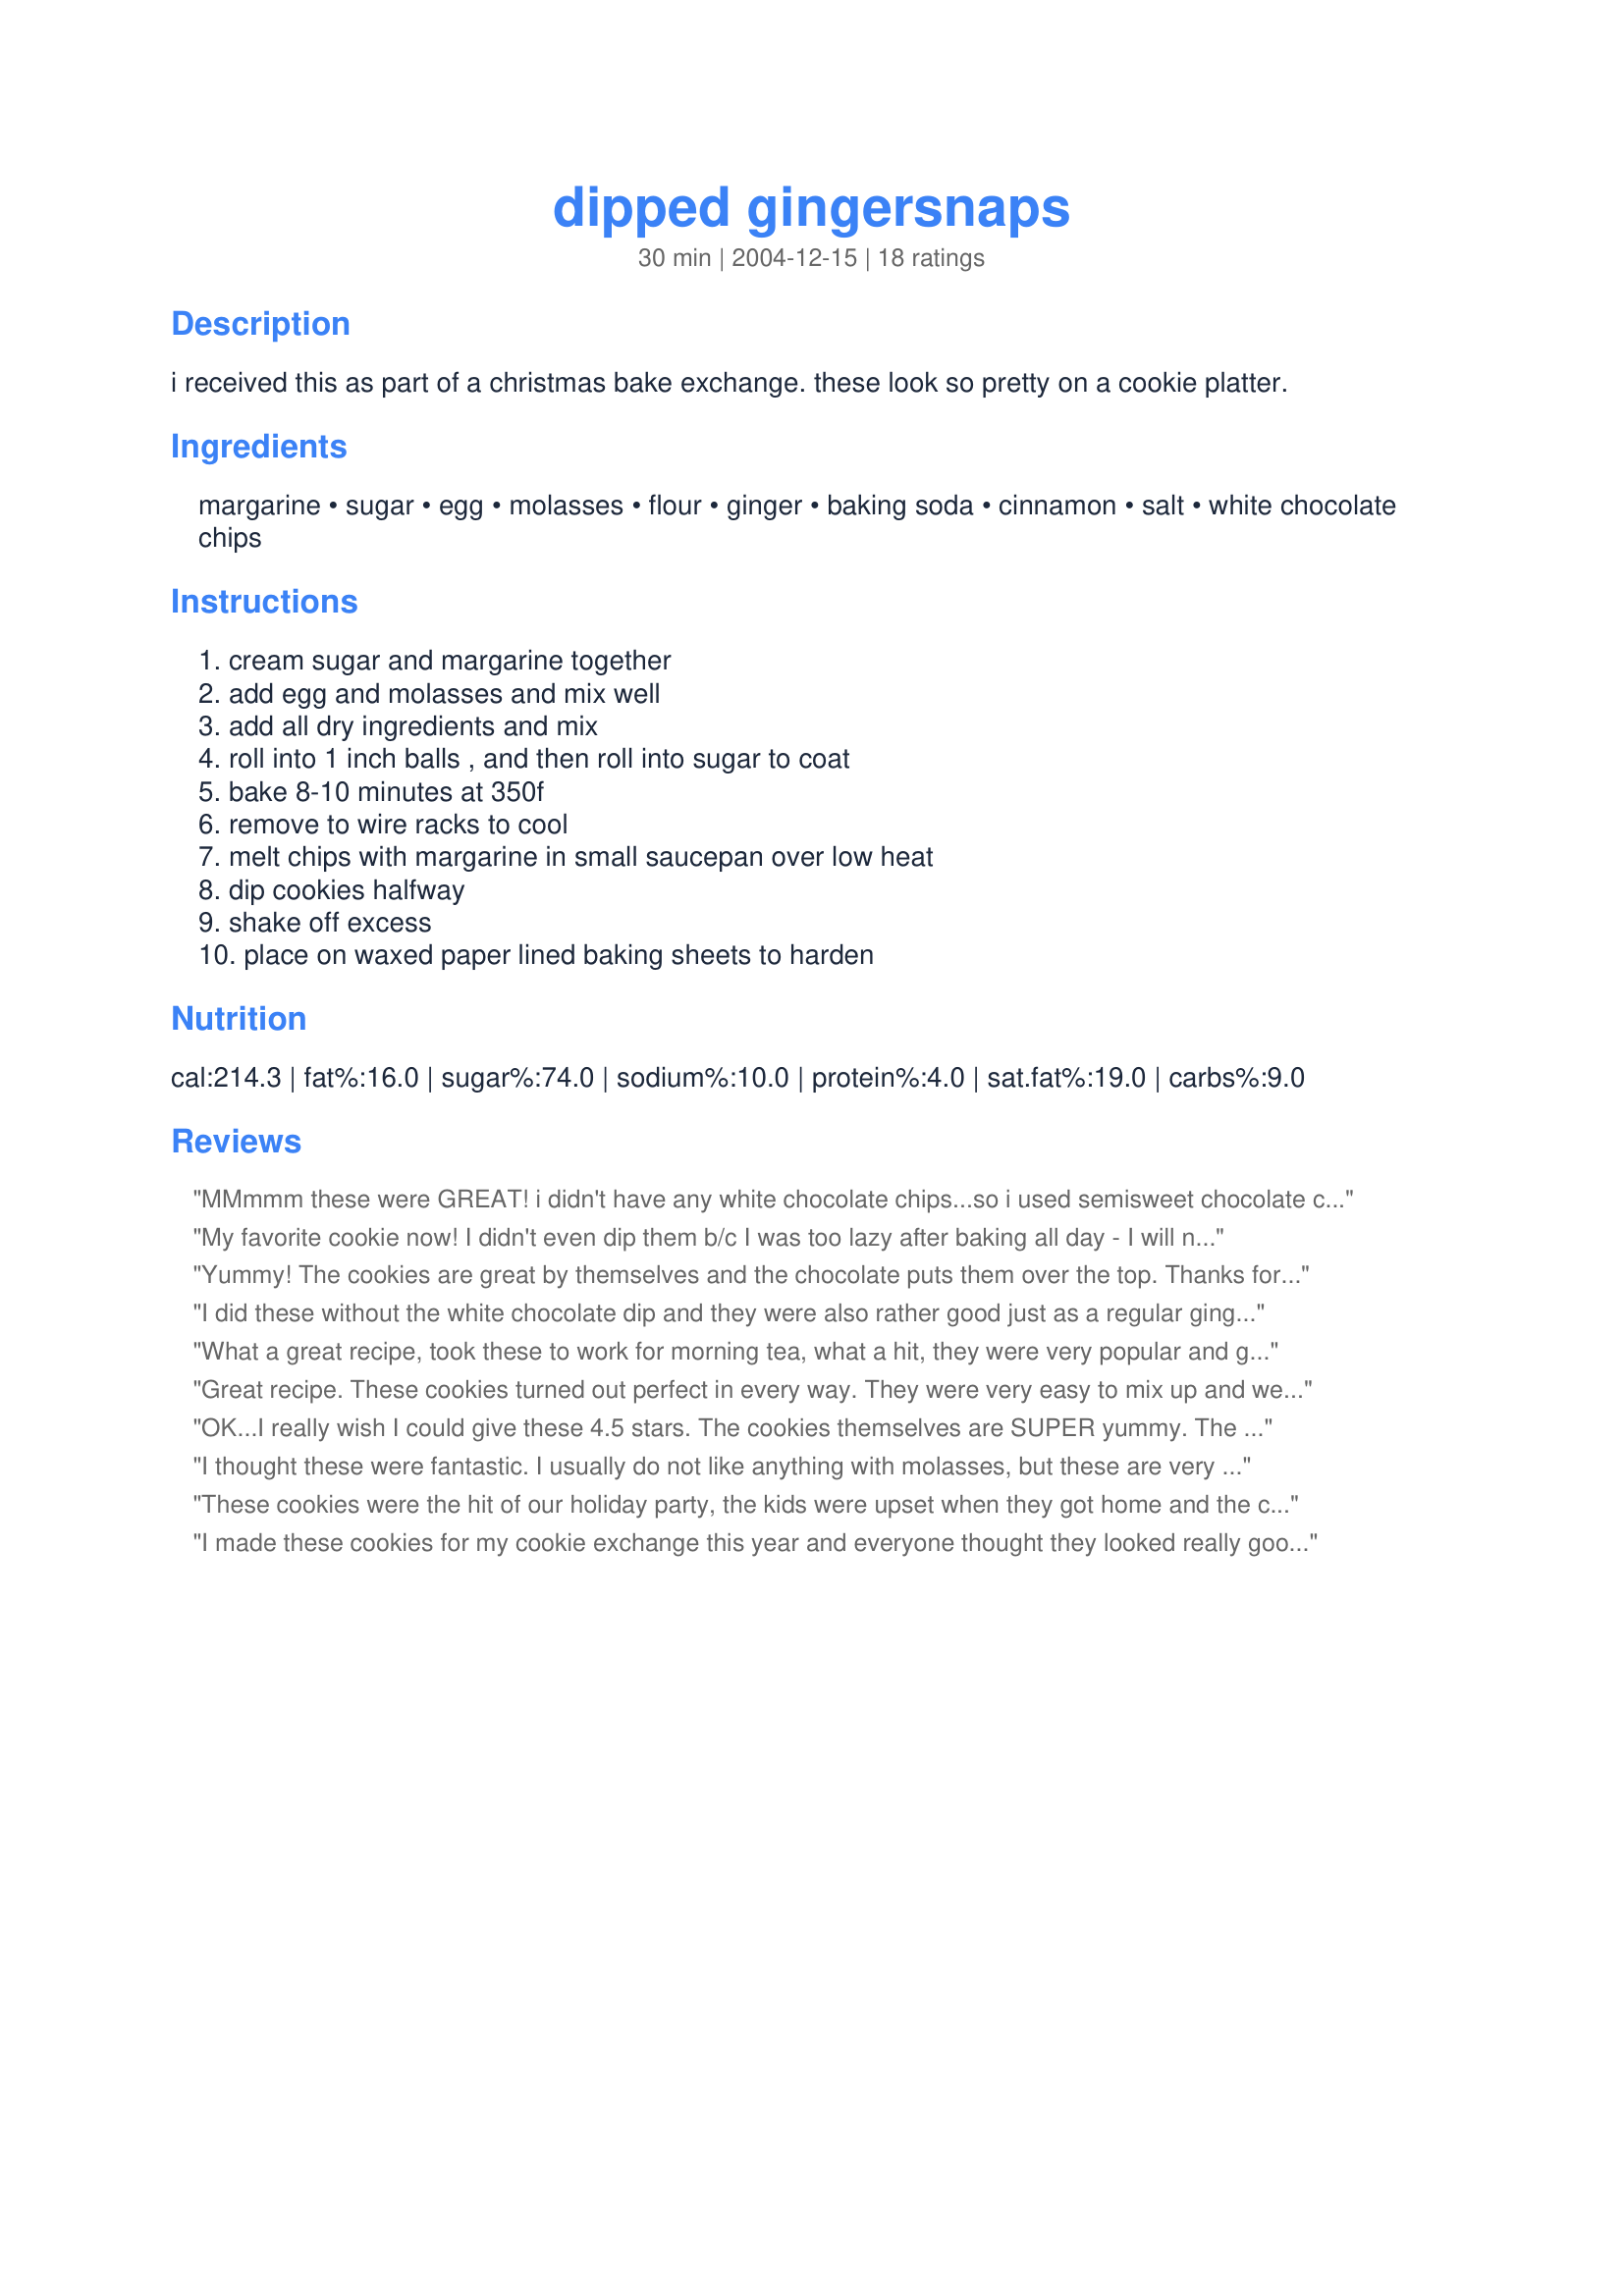
dipped gingersnaps
Preparation time: 30 minutes

i received this as part of a christmas bake exchange. these look so pretty on a cookie platter.

Ingredients:
margarine, sugar, egg, molasses, flour, ginger, baking soda, cinnamon, salt, white chocolate chips

Steps:
cream sugar and margarine together, add egg and molasses and mix well, add all dry ingredients and mix, roll into 1 inch balls , and then roll into sugar to coat, bake 8-10 minutes at 350f, remove to wire racks to cool, melt chips with margarine in small saucepan over low heat, dip cookies halfway, shake off excess, place on waxed paper lined baking sheets to harden

Reviews:
MMmmm these were GREAT! i didn't have any white chocolate chips...so i used semisweet chocolate chips instead. Believe me they were good. I had no problem with the instructions they were very easy and they smelled great when they were cooking. thanks for the recipe!
My favorite cookie now! I didn't even dip them b/c I was too lazy after baking all day - I will next time though-but they are a+++ plain too! Thank you so much for this recipe!
Yummy! The cookies are great by themselves and the chocolate puts them over the top. Thanks for posting!! Made for the I Recommend Tag game.
I did these without the white chocolate dip and they were also rather good just as a regular gingersnap. I am not sure what I did but mine turned out much bigger than the picture and I had MANY more than the 24 suggested. That wasn't a problem though since they tasted good.
What a great recipe, took these to work for morning tea, what a hit, they were very popular and gone very quickly - I had a few stashed away for myself, they are so yummy!! I can't wait to make again. Thanks Pamela in Winnipeg for a great recipe, I'm looking forward to sharing this recipe with my family.
Great recipe. These cookies turned out perfect in every way. They were very easy to mix up and were a real hit. Thanks for this great recipe, one that has found its way to my keepers file.
OK...I really wish I could give these 4.5 stars. The cookies themselves are SUPER yummy. 

The only problem I had was with the white chocolate. I followed the recipe to the "T" and my chocolate didn't ever melt...it started to, then it went from the chips, to this really dry substance to burned. Nothing ever creamy or melty. I even tried to spread what I could salvage from the partially burned stuff in the pan and it wouldn't even spread, let alone work for dipping.

Which actually works out OK, because as I said, the cookies are yummy. But I was hoping for the extra *Oooo* factor that the white chocolate may have added.

Thanks for posting, though!
I thought these were fantastic. I usually do not like anything with molasses, but these are very mild..and quite yummy! Thanks for sharing.
These cookies were the hit of our holiday party, the kids were upset when they got home and the cookies were gone. They will be a part of our holiday baking every year. Thanks so much for sharing your recipe!
I made these cookies for my cookie exchange this year and everyone thought they looked really good. My kids ate all the extra ones, so that must be a good sign!
This a stand-by in my Christmas cookie recipes. I normally don't like the crispiness of gingersnaps, and the dough can be hard to work with. This is completely different. The flavor is spicy, and the cookie is soft. I don't even dip these.
I loved this recipe... the directions are easy to follow, I ended up with exactly 24 cookies per batch, and the taste is outstanding! This cookie recipe is a definite keeper. Thanks for sharing your recipe!
The cookies themselves are so very, very good! Even my dear man who doesn't usually like gingersnaps thought these were outstanding. The batter was thinner than I expected, but the cookies were moist and chewy while crispy in all the right ways. Like others, only about half of the sugar for rolling was required. I used my cookie scoop to scoop and drop into sugar a few at time, and it made things really easy.

For the life of me and with two attempts, I couldn't get the chocolate to melt properly, so mine are "undipped" this time. First time, the heat may have been too high, but second time I was more careful about the heat but got same results - a big lump of white chocolate. I'm fairly new at cooking, so I'll just have to find out more about the chocolate issue.

Still, even "undipped" these are delicious, and I know that I will make these again and again.

*Update: had to try the dipping again and went with chocolate made for melting, but forgot the margarine in my excitement that it would easily melt in a Pyrex cup in the microwave. Glad I tried again. Wonderful!
This recipe was absolutely AMAZING!!! I brought them to work and my colleagues want the recipe. I also only needed have the chocolate and sugar for rolling and dipping. Great recipe! Thanks Pamela. These will be made again.
These are fantastic! I used butter instead of shortening and couldn't get hold of molasses on the day I was baking so I cut down the caster sugar a little and added 1/4 cup demerera suger instead as that has a strong molasses flavour. These will become a Christmas regular in my house I think! Thanks for sharing!
I made these cookies for my kids for a special cookie and milk day at school, they were a hit!!!
Wonderful cookies! These ones are definitely going on my Christmas baking list! I did refrigerate my dough overnight because it was quite soft & I couldn't form the balls. I also only needed half the sugar for rolling & half the white chocolate for dipping. Nice crisp cookie.
Wonderful cookies! My grandmother use to make gingersnaps but I don't remember hers tasting this good.I used my small cookie scoop and got 44 cookies. I have already eaten 3 and have not dipped them yet. Thanks Pamela, for another addition to my tryed and liked cookbook.
